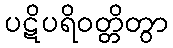
ပဋိပရိဝတ္တိတွာ